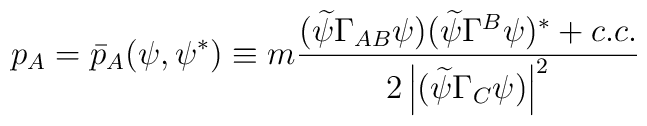
p_A=\bar p_A(\psi ,\psi ^{*})\equiv m\frac{(\widetilde{\psi }\Gamma_{AB}\psi )(\widetilde{\psi }\Gamma ^B\psi )^{*}+c.c.}{2\left| (\widetilde{\psi }\Gamma _C\psi )\right| ^2}